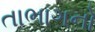
તાભાગનો